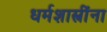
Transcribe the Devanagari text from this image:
धर्मशास्त्रींना